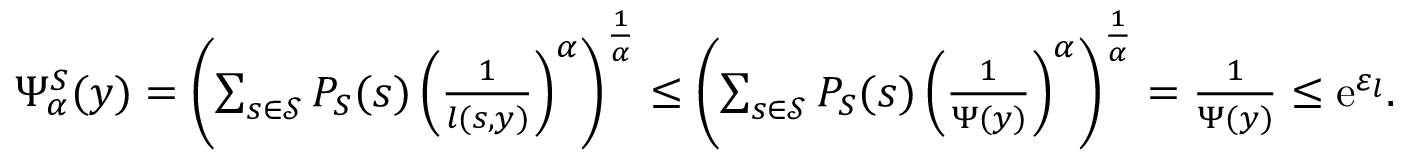
\begin{array} { r } { \Psi _ { \alpha } ^ { S } ( y ) = \left( \sum _ { s \in \mathcal { S } } P _ { S } ( s ) \left( \frac { 1 } { l ( s , y ) } \right) ^ { \alpha } \right) ^ { \frac { 1 } { \alpha } } \leq \left( \sum _ { s \in \mathcal { S } } P _ { S } ( s ) \left( \frac { 1 } { \Psi ( y ) } \right) ^ { \alpha } \right) ^ { \frac { 1 } { \alpha } } = \frac { 1 } { \Psi ( y ) } \leq \mathrm { e } ^ { \varepsilon _ { l } } . } \end{array}